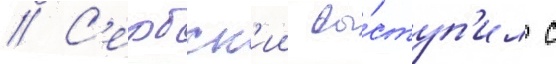
// С'ербск'ии вы́ступ'ил с